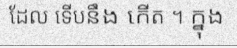
ដែល ទើបនឹង កើត ។ ក្នុង